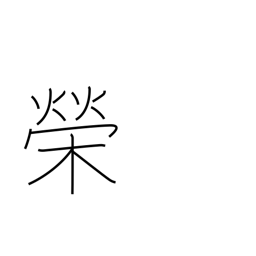
Meaning: splendour